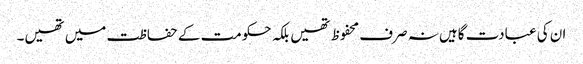
ان کی عبادت گاہیں نہ صرف محفوظ تھیں بلکہ حکومت کے حفاظت میں تھیں۔